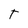
Character: T